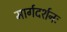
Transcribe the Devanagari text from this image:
मार्गदर्शनः